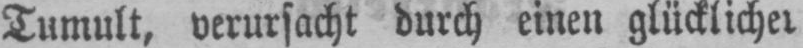
Tumult, verursacht durch einen glücklicher